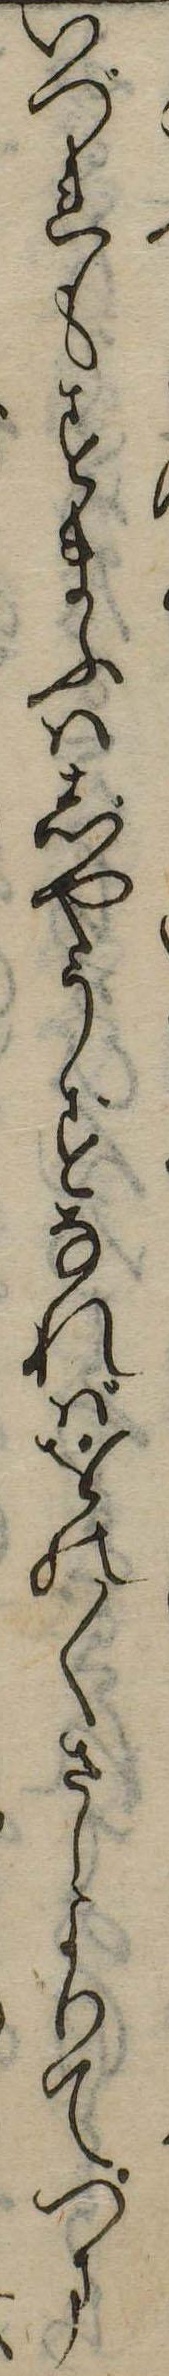
いづれもすまふはじやうずなればをの〱さしよりてつま